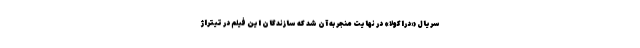
سریال «دراکولا» در نهایت منجر به آن شد که سازندگان این فیلم در تیتراژ